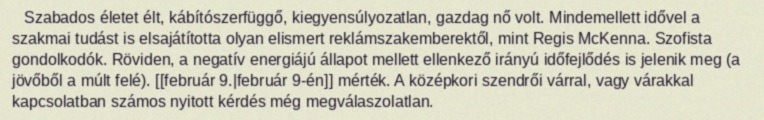
Szabados életet élt, kábítószerfüggő, kiegyensúlyozatlan, gazdag nő volt. Mindemellett idővel a szakmai tudást is elsajátította olyan elismert reklámszakemberektől, mint Regis McKenna. Szofista gondolkodók. Röviden, a negatív energiájú állapot mellett ellenkező irányú időfejlődés is jelenik meg (a jövőből a múlt felé). [[február 9.|február 9-én]] mérték. A középkori szendrői várral, vagy várakkal kapcsolatban számos nyitott kérdés még megválaszolatlan.